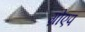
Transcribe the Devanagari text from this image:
ग्रोएप